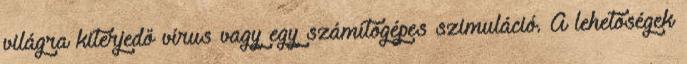
világra kiterjedő vírus vagy egy számítógépes szimuláció. A lehetőségek